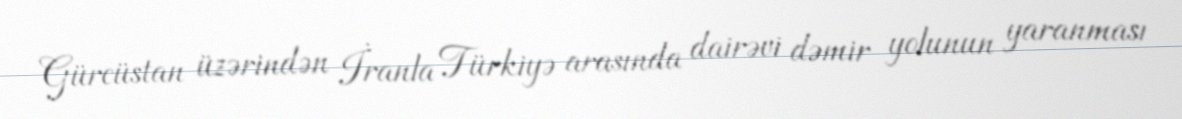
Gürcüstan üzərindən İranla Türkiyə arasında dairəvi dəmir yolunun yaranması